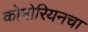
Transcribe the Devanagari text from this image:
कोमोरियनचा